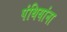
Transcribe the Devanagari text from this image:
पंथियांना